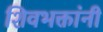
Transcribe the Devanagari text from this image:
शिवभक्तांनी